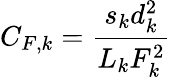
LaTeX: C_{F,k}=\frac{s_{k}d_{k}^{2}}{L_{k}F_{k}^{2}}